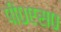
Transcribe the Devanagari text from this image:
पी०एस०